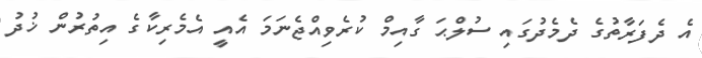
އެ ދެފަރާތުގެ ދެމެދުގައި ސުލްޙަ ގާއިމް ކުރެވިއްޖެނަމަ އެއީ އެމެރިކާގެ އިތުރުން ޚުދު